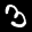
Label: 3